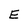
Character: E